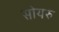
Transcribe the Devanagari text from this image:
सोयरु